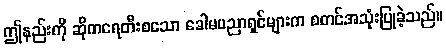
ဤနည်းကို ဆိုကရေတီးစသော ခေါမပညာရှင်များက စတင်အသုံးပြုခဲ့သည်။